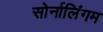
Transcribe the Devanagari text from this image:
सोर्नालिंगम